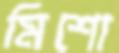
মিশো